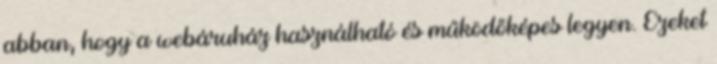
abban, hogy a webáruház használható és működőképes legyen. Ezeket